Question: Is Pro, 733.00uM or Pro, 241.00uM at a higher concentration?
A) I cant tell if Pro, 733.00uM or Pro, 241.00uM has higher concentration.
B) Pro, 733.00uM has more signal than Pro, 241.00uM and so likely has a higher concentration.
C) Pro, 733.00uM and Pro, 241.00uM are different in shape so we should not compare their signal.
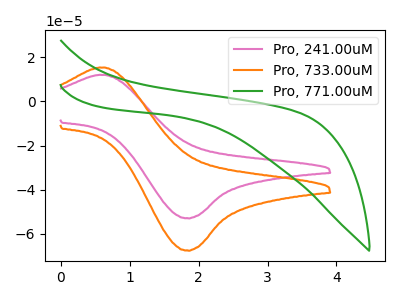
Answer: <think>The pink curve "Pro, 241.00uM" has an anodic peak at (0.65V, 12.00uA) and a cathodic peak at (1.80V, -52.85uA). The orange curve "Pro, 733.00uM" has an anodic peak at (0.65V, 15.35uA) and a cathodic peak at (1.80V, -67.45uA). The green curve "Pro, 771.00uM" has no peaks.
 All the peaks in "Pro, 733.00uM" have a peak in "Pro, 241.00uM" at the same potential. Every peak in "Pro, 733.00uM" is higher than every peak in "Pro, 241.00uM".</think>
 <answer>B) "Pro, 733.00uM" has more signal than "Pro, 241.00uM" and so likely has a higher concentration.</answer>
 <eval>B</eval>